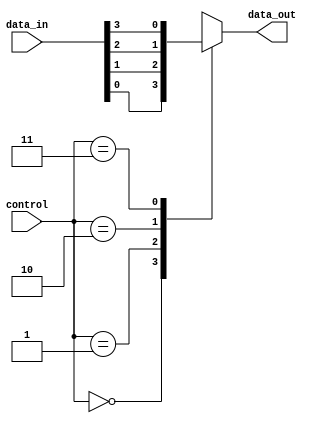
module multiplexer (
    input [3:0] data_in,
    input [1:0] control,
    output reg data_out
);

always @ (data_in, control)
begin
    case (control)
        2'b00: data_out = data_in[0];
        2'b01: data_out = data_in[1];
        2'b10: data_out = data_in[2];
        2'b11: data_out = data_in[3];
    endcase
end

endmodule